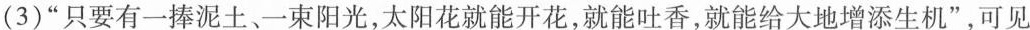
(3)”只要有一捧泥土、一束阳光，太阳花就能开花，就能吐香，就能给大地增添生机”，可见